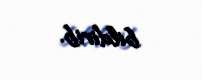
bildirib.